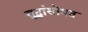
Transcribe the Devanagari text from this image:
युद्धांसोबत